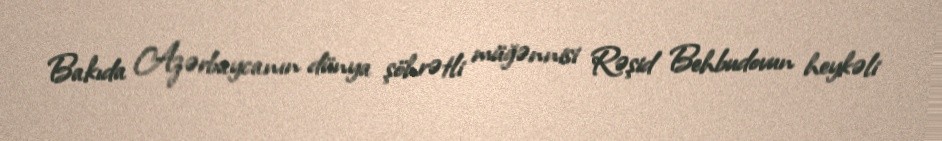
Bakıda Azərbaycanın dünya şöhrətli müğənnisi Rəşid Behbudovun heykəli